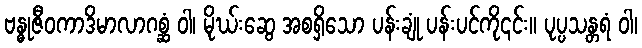
ဗန္ဓုဇီဝကာဒိမာလာဂစ္ဆံ ဝါ၊ မိုဃ်းဆွေ အစရှိသော ပန်းချုံ ပန်းပင်ကို၎င်း။ ပုပ္ပသန္တရံ ဝါ၊